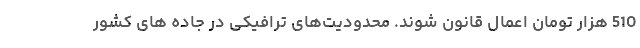
510 هزار تومان اعمال قانون شوند. محدودیت‌های ترافیکی در جاده های کشور